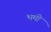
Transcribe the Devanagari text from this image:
भमी